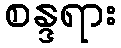
စန္ဒရား